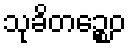
သုခိတဉ္စေဝ